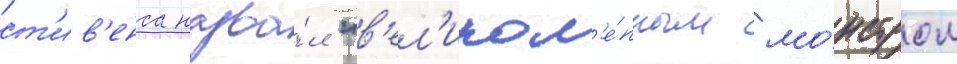
ст'ив'енса назва́л "в'ел'икол'е́пным мо́нстром